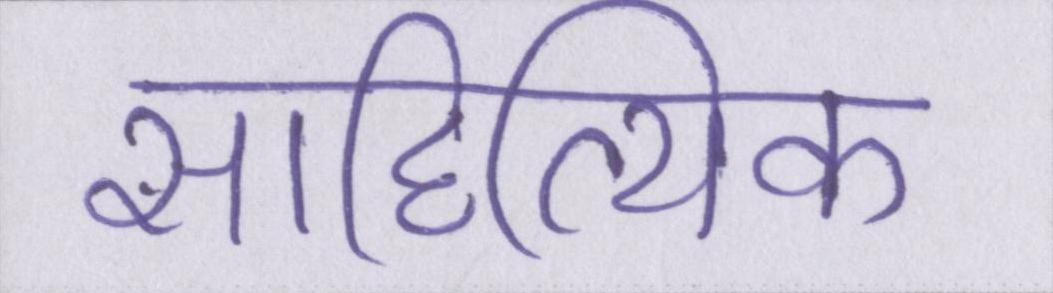
साहित्यिक